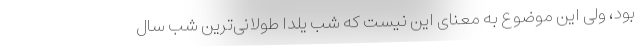
بود، ولی این موضوع به معنای این نیست که شب یلدا طولانی‌ترین شب سال